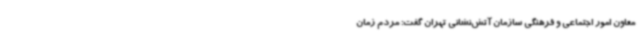
معاون امور اجتماعی و فرهنگی سازمان آتش‌نشانی تهران گفت: مردم زمان